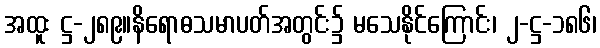
အထူး ဋ္ဌ-၂၈၉။နိရောဓသမာပတ်အတွင်း၌ မသေနိုင်ကြောင်း၊ ၂-ဋ္ဌ-၁၈၆၊